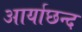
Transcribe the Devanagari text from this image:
आर्याछन्द